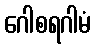
ဂေါစရဂါမံ